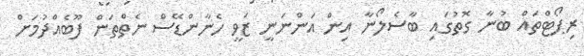
ރިޕޯޓްތައް ބުނާ ގޮތުގައި ބާސެލޯނާ އިން އަންނަނީ ޒަވީ ހެނާންޑޭސް ނެތްތަން ފޫބެއްދުމަށް